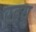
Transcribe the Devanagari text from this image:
रहयु